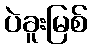
ပဲခူးမြစ်